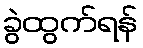
ခွဲထွက်ရန်